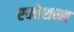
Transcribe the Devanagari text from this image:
एक्वेशन्स